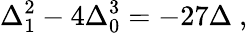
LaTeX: \Delta_{1}^{2}-4\Delta_{0}^{3}=-27\Delta\ ,